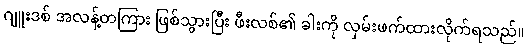
ဂျူးဒစ် အလန့်တကြား ဖြစ်သွားပြီး ဖီးလစ်၏ ခါးကို လှမ်းဖက်ထားလိုက်ရသည်။